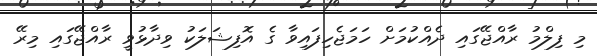
މި ފިލްމު ރާއްޖޭގައި ދެއްކުމަށް ހަމަޖެހިފައިވާ ގެ އޮފިޝަލަކު ވިދާޅުވީ ރާއްޖޭގައި މިރޭ